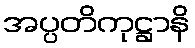
အပ္ပတိကုဋ္ဌာနိ